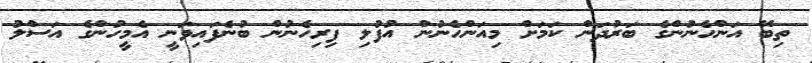
ތިބޭ އަންހެނުންގެ ބަރުދަން ކަމަށް މިއަންހެނުން އުފުލި ފިރިހެނުން ބުނެފައިވަނީ އެމީހުންގެ އަސްލު